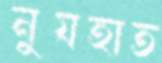
নুযহাত